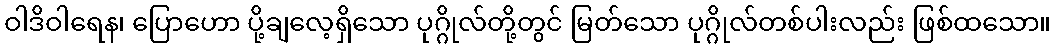
ဝါဒိဝါရေန၊ ပြောဟော ပို့ချလေ့ရှိသော ပုဂ္ဂိုလ်တို့တွင် မြတ်သော ပုဂ္ဂိုလ်တစ်ပါးလည်း ဖြစ်ထသော။